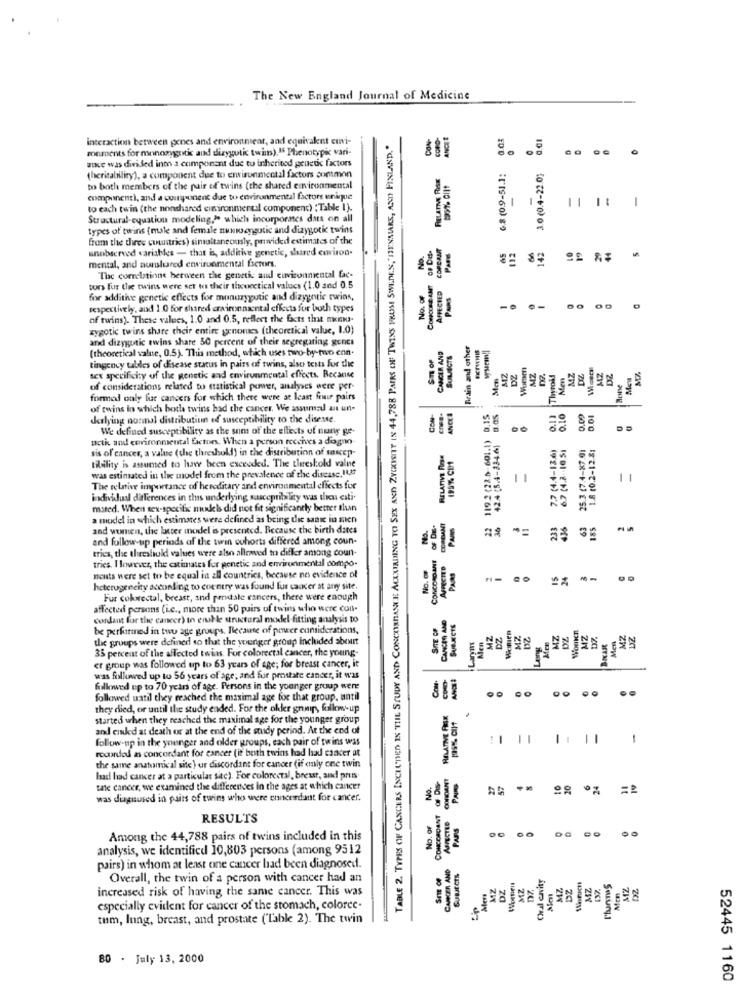
The New England Journal of Medicine
CON-
0.01
interaction between pones and environment, and equivalent cini-
TABLE 2. TYPES OF CANCERS INCLUDED IN THE STUDY AND CONCORDANCE ALEXIADING TO SEX AND ZYGOSNY IN 44,788 PAIRS OF TWINS PROSI SWEDEN,"IENMARS, AND FINLAND."
0
monments for monoaygoitic aund dizygotic twins). " Phenotypic vari-
akce was divided into a component due tu inherited geueti factors
RELATIVE RISK
6.8 (0.9-5].1:
3.0 (0.4-22.0)
(heritability), a component due to environmental factors common
to both members of the pair of twins (the shared environmental
-
-
componenti, and a cuiripsonene due to environmental factors unique
11 1: |
to each twin (the nonshared einironmental componenc) : Table I).
Structural-equation modeling," which incorporaes dats on all
types of twins (male and female nustengutic and dizygotic twins
from the dires countries) simultaneously, provided estimates of the
OF Des-
COPEAMT
unobserved variables - that is, additive genetic, shared environ-
No.
PARE
142
mental, and nunshared environmental factors
The correlations herween the genetic aud euviconmental fac-
CONCOSE ANT
tors fur the twins were set to their theoretical values (1.0 and 0.5
No. OF
AFFECTED
Puns
for additive genetic effects for munuzygutic and dizygotic twins,
respectively, and 1.0 for shared crxironnaental effects for both types
of twins). These values, 1.0 and 0.5, reflect the facts that mKINI-
zygotic twins share their entire genomes (theoretical value, 1.0)
and dizygotic ewins share 50 percent of their segregating genes
Brain and other
[theoretical value, 0.5). This method, which uses two by-two can-
ST OF
CANCER AND
SULJECTS
system;
tingency tubdes of disease status in pairs of twins, also tests for the
Man
Thyroid
Men
MZ
DE
sex specificity of the genetic and environmental effects. Because
Hune
of considerations related to statistical power, analyses were per-
formed only fue cancers for which there were at least fewir pairs
of twins in which both twins had the cancer. We assumedl ant un-
CON-
ANCEA
0.10
3.01
derlying normal distribution of susceptibility to the disease.
We defined susceptibility as the sum of the effects of nung ge-
119.2 (22.0-601.1)
Beth and environmental factors, When a person receives a diagno-
42.4 (5.4-3346)
7.7 (4.4-13.6)
6.7 (4.2. 10.51
25.3 (7.4-87.0)
1.8 (0.2-12.81
sis of cancer, a value (the threshold) in the distribution of suscep-
RELATIVE Prsa
tibility is assumed to have been exceeded. The threshold value
195% CB1
was estimated in the model from the prevalence of the disease.11.27
11
The relative importance of hereditary and environmental effects for
individual differences in this underlying susceptibility was theu cati
mated. When sex-specific mukels did not fit significantly better than
a model in which estimates were defined as being die saat in men
OF DE.
PAIS
22
233
63
185
and women, the latter model is presented. Because the birth dates
and follow-up periods af the twin cohorts differed among coun-
trics, the threshold values were also allowed to differ amang coun-
CONCORDANT
tries. I lovever, the estimates for genetic and environmental sompo-
No. OF
AFFECTED
PAINS
15
24
nouts were set to be equal in all countries, because no evidence of
heterogeneity according to country was found fur cancer at any site.
Fur colorectal, breast, and proudtale cancers, there were enough
affected persans (i.e ., more than 50 pairs of twins who were con-
CANCM AND
cosdant for the cancer) to enkle structural model fitting analysis to
SITE OF
SUBJECTS
be performed in two age groups. Because of power considerations,
MZ
DZ
Wicmien
MZ.
MZ
DZ
Women
MZ
D7.
Men
MZ
DZ
the groups were defined so that the younger group included about
iLanym
Men
Long
33 percent of the affected twias. For colorectal cancer, the young-
er group was followed up to 63 years of age; for breast cancer, it
Com.
was followed up to 56 years of age, and fur prostate cancer, it was
followed up to 70 years of age. Persons in the younger group were
00
followed uatil they reached the maximal age for that group, until
they died, or until the study ended. For the older gnu, follow-up
RELATIVE FER
started when they reached the maximal age for the younger group
195% CIIt
and ciled at death of at the end of the study perind. At the end of
-
follow-up in the younger and older groups, each pair of twins was
1
recorded as concordant for cancer (it both twins had lad cancer at
the same anatomical site) ur discordant for cancer (if only one twin
CORSOANT
had had cancer at a particular sac). For colorectal, breast, and press
No.
PAIND
10
10
24
tate cancer, we examined the differences In the ages at which cancer
was diagnosed in pairs of twins who were ennordant for cancer.
CONCORDANT
RESULTS
No. or
PARRS
DG
Among the 44,788 pairs of twins included in this
00
analysis, we identified 10,803 persons (among 9512
CANCER AND
pairs) in whom at least one cancer had been diagnosed.
SIE of
SUMECIS
Oral cavity
Overall, the twin of a person with cancer had an
MZ
DZ
Women
MZ
MZ
DZ
MZ
Men
increased risk of having the same cancer. This was
Men
especially evident for cancer of the stomach, coloree-
tum, lung, breast, and prostate ("Table 2). The twin
80 . July 13, 2000
52445 1160